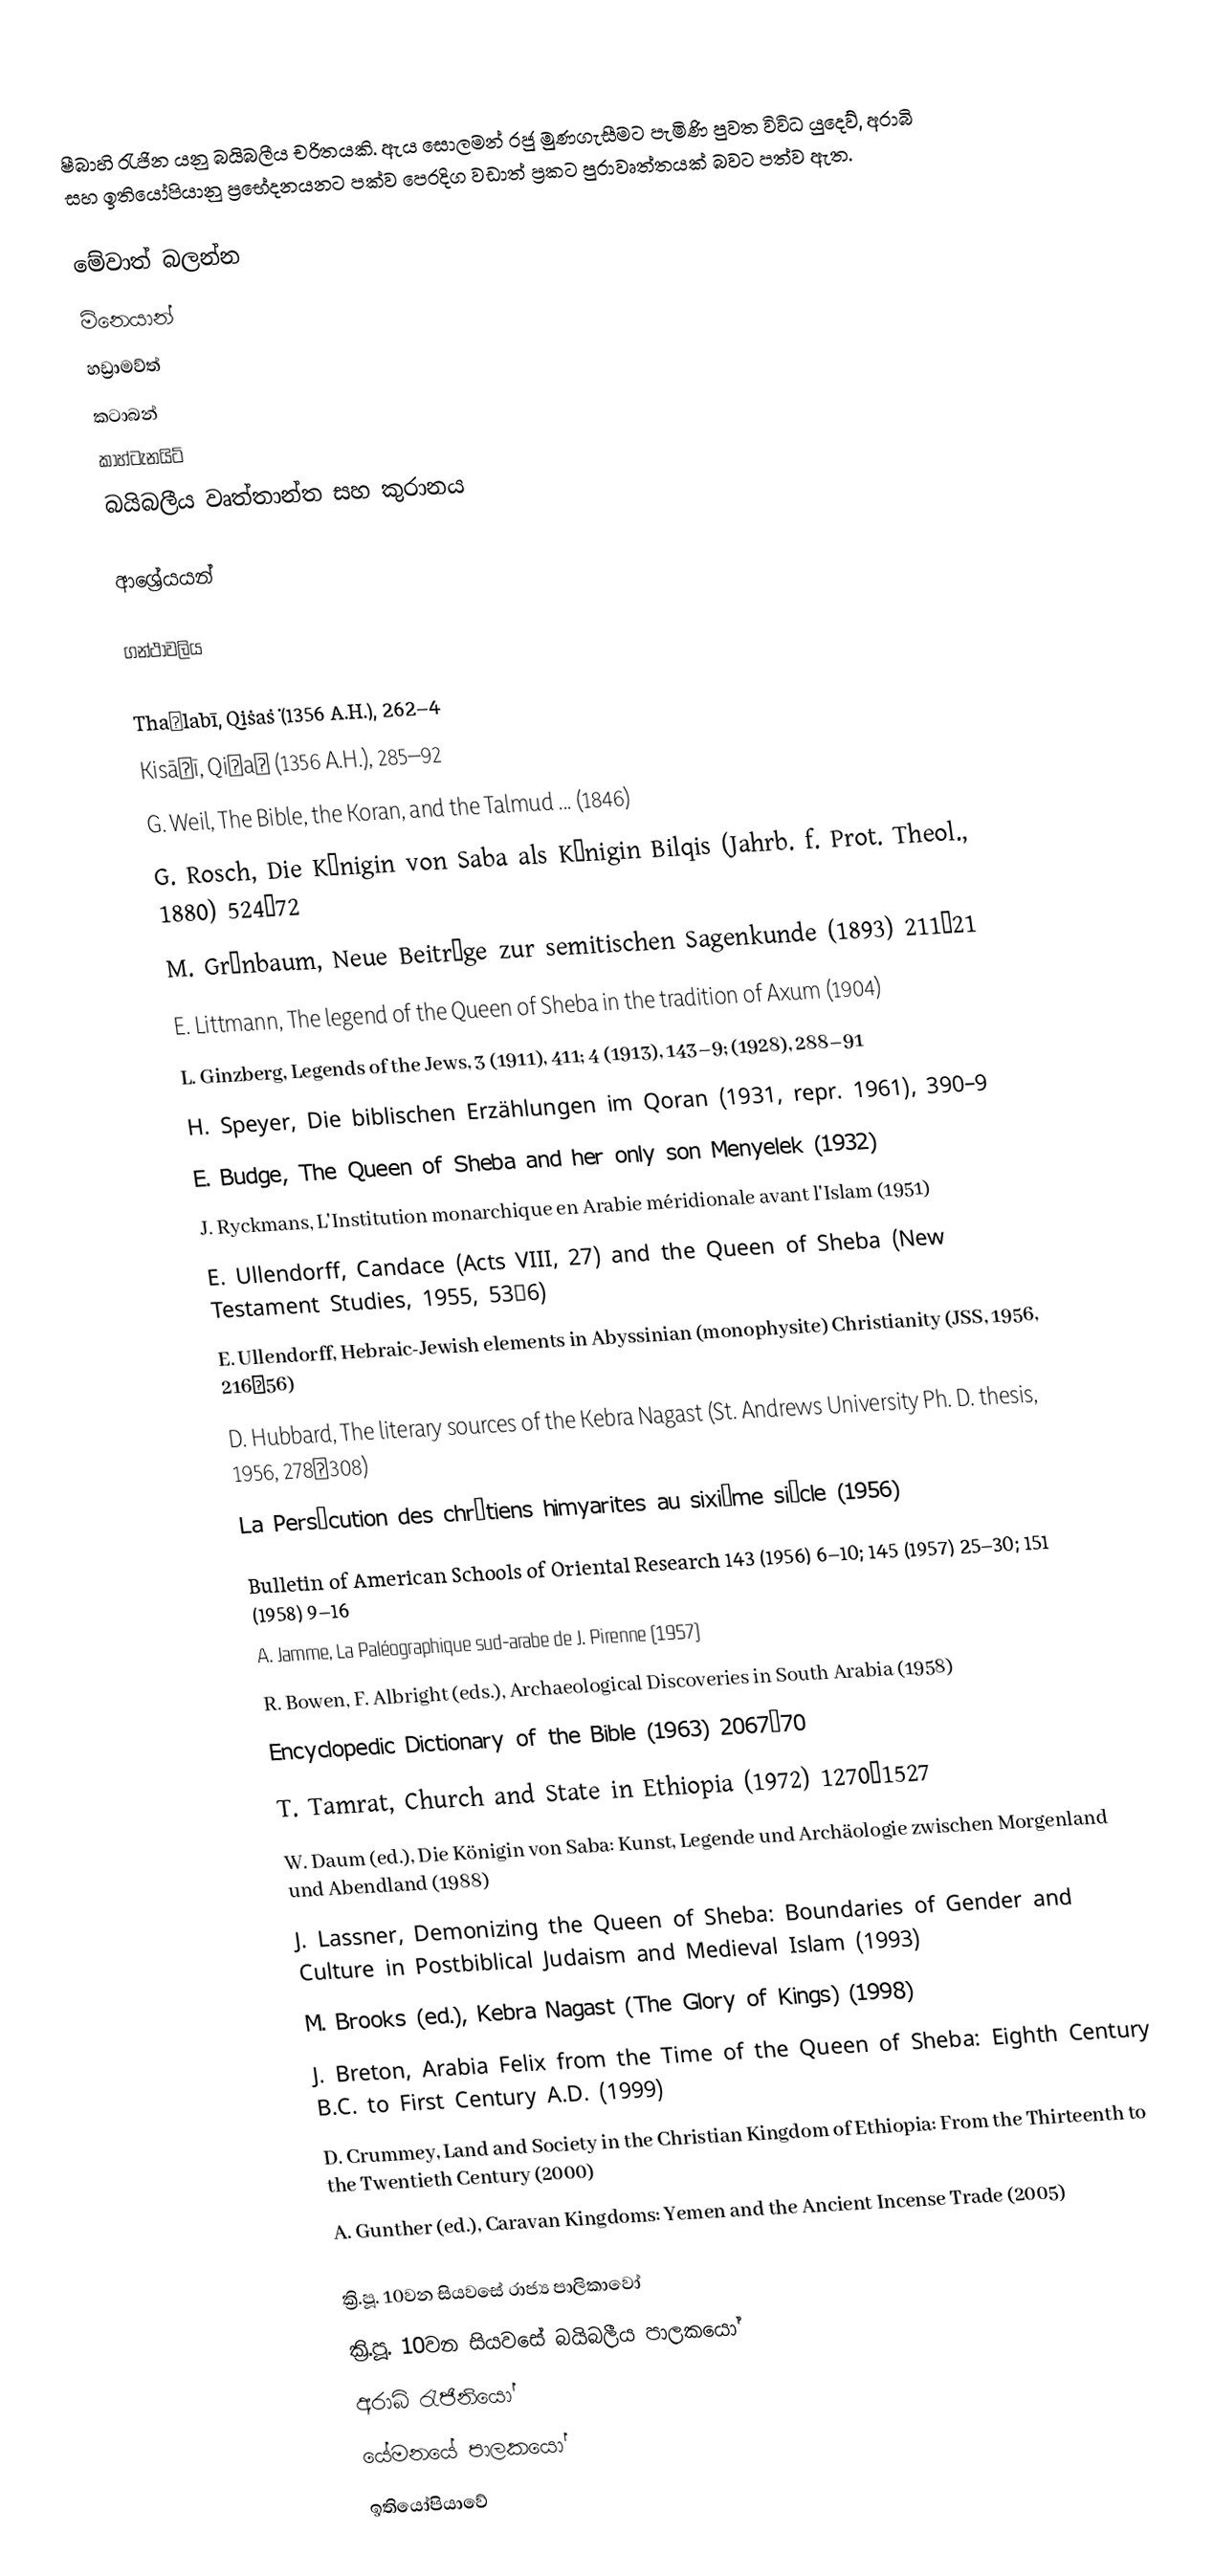
ෂීබාහි රැජින යනු බයිබලීය චරිතයකි. ඇය සොලමන් රජු මුණගැසීමට පැමිණි පුවත විවිධ යුදෙව්, අරාබි සහ ඉතියෝපියානු ප්‍රභේදනයනට පක්ව පෙරදිග වඩාත් ප්‍රකට පුරාවෘත්තයක් බවට පත්ව ඇත.

මේවාත් බලන්න
 මිනෙයාන්
 හඩ්‍රාමව්ත්
 කටාබන්
 කාහ්ටැනයිට්
 බයිබලීය වෘත්තාන්ත සහ කුරානය

ආශ්‍රේයයන්

ගන්ථාවලිය

 Thaʿlabī, Qiṣaṣ ̣(1356 A.H.), 262–4
 Kisāʾī, Qiṣaṣ (1356 A.H.), 285–92
 G. Weil, The Bible, the Koran, and the Talmud ... (1846)
 G. Rosch, Die Königin von Saba als Königin Bilqis (Jahrb. f. Prot. Theol., 1880) 524‒72
 M. Grünbaum, Neue Beiträge zur semitischen Sagenkunde (1893) 211‒21
 E. Littmann, The legend of the Queen of Sheba in the tradition of Axum (1904)
 L. Ginzberg, Legends of the Jews, 3 (1911), 411; 4 (1913), 143–9; (1928), 288–91
 H. Speyer, Die biblischen Erzählungen im Qoran (1931, repr. 1961), 390–9
 E. Budge, The Queen of Sheba and her only son Menyelek (1932)
 J. Ryckmans, L'Institution monarchique en Arabie méridionale avant l'Islam (1951)
 E. Ullendorff, Candace (Acts VIII, 27) and the Queen of Sheba (New Testament Studies, 1955, 53‒6)
 E. Ullendorff, Hebraic-Jewish elements in Abyssinian (monophysite) Christianity (JSS, 1956, 216‒56)
 D. Hubbard, The literary sources of the Kebra Nagast (St. Andrews University Ph. D. thesis, 1956, 278‒308)
 La Persécution des chrétiens himyarites au sixième siècle (1956)
 Bulletin of American Schools of Oriental Research 143 (1956) 6–10; 145 (1957) 25–30; 151 (1958) 9–16
 A. Jamme, La Paléographique sud-arabe de J. Pirenne (1957)
 R. Bowen, F. Albright (eds.), Archaeological Discoveries in South Arabia (1958)
 Encyclopedic Dictionary of the Bible (1963) 2067–70
 T. Tamrat, Church and State in Ethiopia (1972) 1270–1527
 W. Daum (ed.), Die Königin von Saba: Kunst, Legende und Archäologie zwischen Morgenland und Abendland (1988)
 J. Lassner, Demonizing the Queen of Sheba: Boundaries of Gender and Culture in Postbiblical Judaism and Medieval Islam (1993)
 M. Brooks (ed.), Kebra Nagast (The Glory of Kings) (1998)
 J. Breton, Arabia Felix from the Time of the Queen of Sheba: Eighth Century B.C. to First Century A.D. (1999)
 D. Crummey, Land and Society in the Christian Kingdom of Ethiopia: From the Thirteenth to the Twentieth Century (2000)
 A. Gunther (ed.), Caravan Kingdoms: Yemen and the Ancient Incense Trade (2005)

ක්‍රි.පූ. 10වන සියවසේ රාජ්‍ය පාලිකාවෝ
ක්‍රි.පූ. 10වන සියවසේ බයිබලීය පාලකයෝ
අරාබි රැජිනියෝ
යේමනයේ පාලකයෝ
ඉතියෝපියාවේ